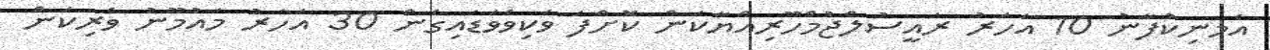
އެމަނިކުފާނު 10 އަހަރު ރައީސުލްޖުމްހޫރިއްޔާކަން ކޮށްފަ ވަކިވެވަޑައިގެން 30 އަހަރު މައުމޫނު ވެރިކަން